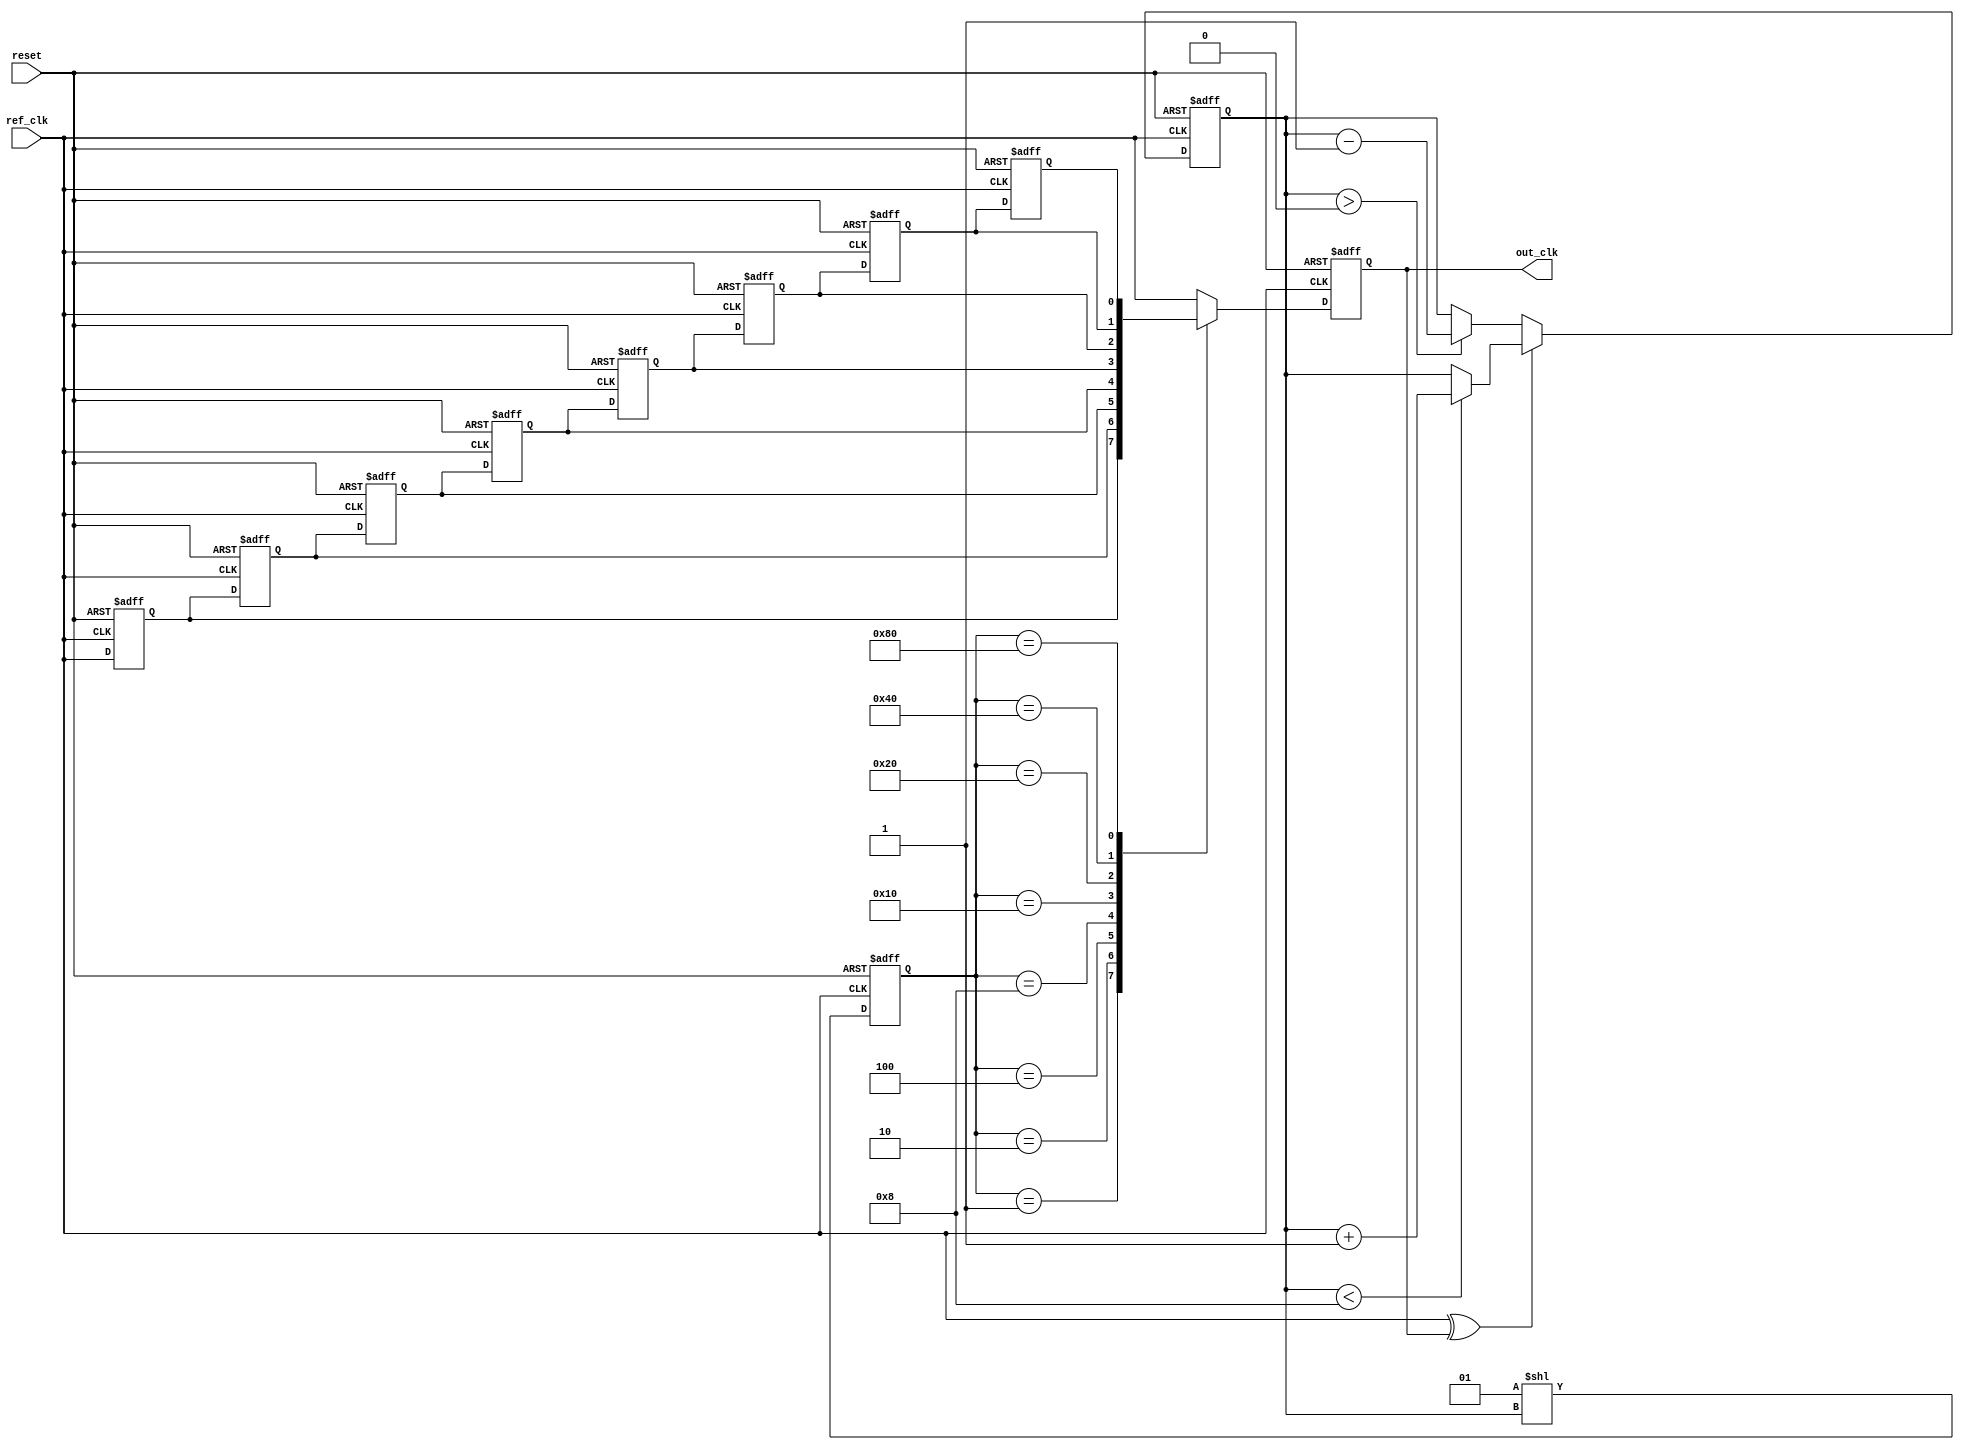
module dll (
    input wire ref_clk,            // Reference clock input
    input wire reset,              // Reset signal
    output wire out_clk            // Output clock
);

    // Parameters
    parameter NUM_DELAY_BLOCKS = 8; // Number of delay blocks
    parameter DELAY_UNIT = 2;        // Delay unit (in time units)

    // Internal signals
    reg [NUM_DELAY_BLOCKS-1:0] delay_select; // Delay selection register
    reg [NUM_DELAY_BLOCKS-1:0] delay_line [0:NUM_DELAY_BLOCKS-1]; // Delay line
    wire error_signal;                   // Error signal from phase detector
    wire [NUM_DELAY_BLOCKS-1:0] delay_output; // Output from delay line
    reg [3:0] phase_count;             // Phase count for control logic
    reg out_clk_reg;                   // Registered output clock

    // Phase Detector
    assign error_signal = (ref_clk ^ out_clk_reg); // Simple XOR for phase detection

    // Delay Line Implementation
    genvar i;
    generate
        for (i = 0; i < NUM_DELAY_BLOCKS; i = i + 1) begin : delay_blocks
            always @(posedge ref_clk or posedge reset) begin
                if (reset) begin
                    delay_line[i] <= 0;
                end else begin
                    delay_line[i] <= (i > 0) ? delay_line[i-1] : ref_clk;
                end
            end
        end
    endgenerate

    // Control Logic
    always @(posedge ref_clk or posedge reset) begin
        if (reset) begin
            phase_count <= 0;
            delay_select <= 0;
        end else begin
            // Adjust delay based on error signal
            if (error_signal) begin
                if (phase_count < NUM_DELAY_BLOCKS) begin
                    phase_count <= phase_count + 1;
                end
            end else begin
                if (phase_count > 0) begin
                    phase_count <= phase_count - 1;
                end
            end
            delay_select <= (1 << phase_count); // Select appropriate delay block
        end
    end

    // Output Clock Generation
    always @(posedge ref_clk or posedge reset) begin
        if (reset) begin
            out_clk_reg <= 0;
        end else begin
            case (delay_select)
                8'b00000001: out_clk_reg <= delay_line[0]; // Delay 0
                8'b00000010: out_clk_reg <= delay_line[1]; // Delay 1
                8'b00000100: out_clk_reg <= delay_line[2]; // Delay 2
                8'b00001000: out_clk_reg <= delay_line[3]; // Delay 3
                8'b00010000: out_clk_reg <= delay_line[4]; // Delay 4
                8'b00100000: out_clk_reg <= delay_line[5]; // Delay 5
                8'b01000000: out_clk_reg <= delay_line[6]; // Delay 6
                8'b10000000: out_clk_reg <= delay_line[7]; // Delay 7
                default: out_clk_reg <= ref_clk; // Default case
            endcase
        end
    end

    assign out_clk = out_clk_reg;

endmodule